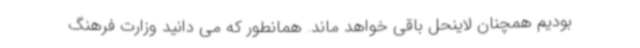
بودیم همچنان لاینحل باقی خواهد ماند. همانطور که می دانید وزارت فرهنگ